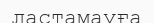
ластамауға